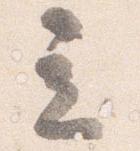
立